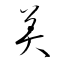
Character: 美